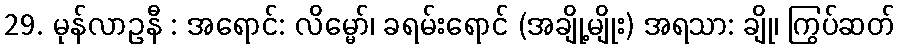
29. မုန်လာဥနီ : အရောင်: လိမ္မော်၊ ခရမ်းရောင် (အချို့မျိုး) အရသာ: ချို၊ ကြွပ်ဆတ်